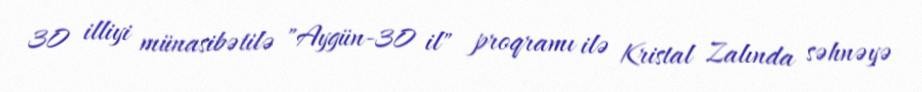
30 illiyi münasibətilə "Aygün-30 il" proqramı ilə Kristal Zalında səhnəyə